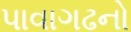
પાવાગઢનો